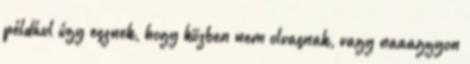
például úgy esznek, hogy közben nem olvasnak, vagy naaaggyon